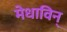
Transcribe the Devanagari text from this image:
मेधाविन्